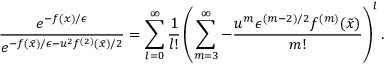
\frac { e ^ { - f ( x ) / \epsilon } } { e ^ { - f ( \tilde { x } ) / \epsilon - { u ^ { 2 } f ^ { ( 2 ) } ( \tilde { x } ) } / { 2 } } } = \sum _ { l = 0 } ^ { \infty } \frac { 1 } { l ! } \left( \sum _ { m = 3 } ^ { \infty } - \frac { u ^ { m } \epsilon ^ { ( m - 2 ) / 2 } f ^ { ( m ) } ( \tilde { x } ) } { m ! } \right) ^ { l } .